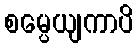
စမ္ပေယျကာပိ